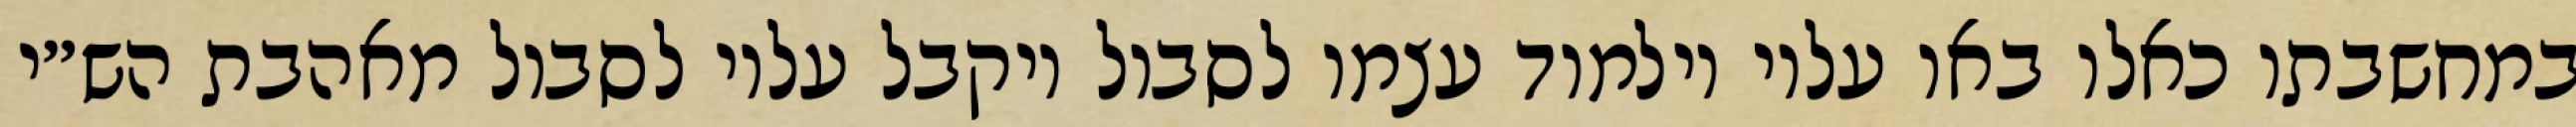
במחשבתו כאלו באו עליו וילמוד עצמו לסבול ויקבל עליו לסבול מאהבת הש״י